Civil Veterinary Department. Madras. Admin. report 1926-33 - 1926-1933
Year: 1926
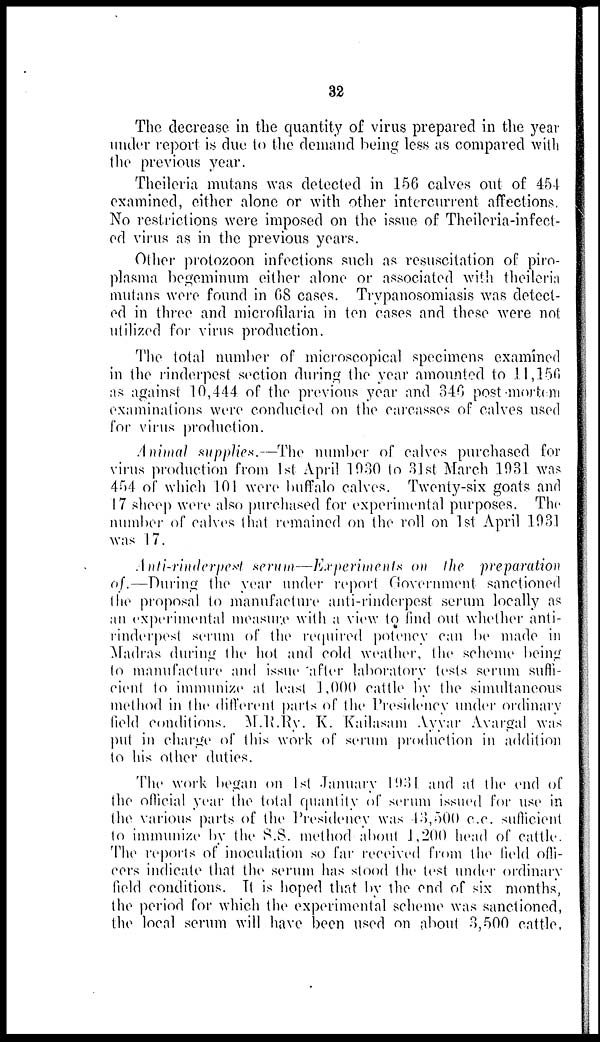
32
The decrease in the quantity of virus prepared in the year
under report is due to the demand being less as compared with
the previous year.
Theileria mutans was detected in 156 calves out of 454
examined, either alone or with other intercurrent affections.
No restrictions were imposed on the issue of Theileria-infect-
ed virus as in the previous years.
Other protozoon infections such as resuscitation of piro-
plasma begeminum either alone or associated with theileria
mutans were found in 68 cases. Trypanosomiasis was detect-
ed in three and microfilaria in ten cases and these were not
utilized for virus production.
The total number of microscopical specimens examined
in the rinderpest section during the year amounted to 11,156
as against 10,444 of the previous year and 346 post mortem
examinations were conducted on the carcasses of calves used
for virus production.
Animal supplies.—The number of calves purchased for
virus production from 1st April 1930 to 31st March 1931 was
454 of which 101 were buffalo calves. Twenty-six goats and
17 sheep were also purchased for experimental purposes. The
number of calves that remained on the roll on 1st April 1931
was 17.
Anti-rinderpest serum—Experiments on the preparation
of.—During the year under report Government sanctioned
the proposal to manufacture anti-rinderpest serum locally as
an experimental measure with a view to find out whether anti-
rinderpest serum of the required potency can be made in
Madras during the hot and cold weather, the scheme being
to manufacture and issue after laboratory tests serum suffi-
cient to immunize at least 1,000 cattle by the simultaneous
method in the different parts of the Presidency under ordinary
field conditions. M.R.Ry. K. Kailasam Ayyar Avargal was
put in charge of this work of serum production in addition
to his other duties.
The work began on 1st January 1931 and at the end of
the official year the total quantity of serum issued for use in
the various parts of the Presidency was 43,500 c.c. sufficient
to immunize by the S.S. method about 1,200 head of cattle.
The reports of inoculation so far received from the field offi-
cers indicate that the serum has stood the test under ordinary
field conditions. It is hoped that by the end of six months,
the period for which the experimental scheme was sanctioned,
the local serum will have been used on about 3,500 cattle.